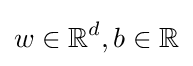
w\in \mathbb {R} ^{d},b\in \mathbb {R}